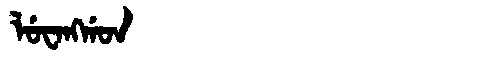
Manchu: ᠯᡠᠸᠠᠩᡤᠣᠨ
Romanization: LUWANGGON